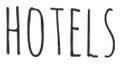
HOTELS